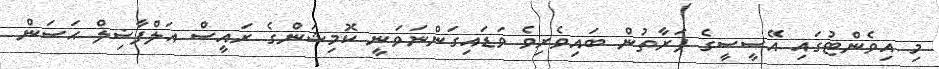
މި އިވެންޓުގައި އޭސީސީގެ ފަރާތުން ބައިވެރިވެ ވަޑައިގަންނަވަނީ ކޮމިޝަންގެ ރައީސް އަލްފާޟިލް ޙަސަން